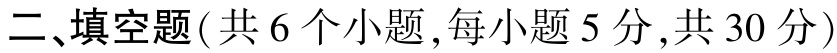
二、填空题(共 6 个小题,每小题 5 分,共 30 分)